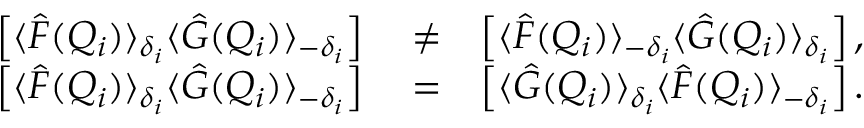
\begin{array} { r l r } { \left[ \langle \hat { F } ( Q _ { i } ) \rangle _ { \delta _ { i } } \langle \hat { G } ( Q _ { i } ) \rangle _ { - \delta _ { i } } \right] } & { { } \neq } & { \left[ \langle \hat { F } ( Q _ { i } ) \rangle _ { - \delta _ { i } } \langle \hat { G } ( Q _ { i } ) \rangle _ { \delta _ { i } } \right] , } \\ { \left[ \langle \hat { F } ( Q _ { i } ) \rangle _ { \delta _ { i } } \langle \hat { G } ( Q _ { i } ) \rangle _ { - \delta _ { i } } \right] } & { { } = } & { \left[ \langle \hat { G } ( Q _ { i } ) \rangle _ { \delta _ { i } } \langle \hat { F } ( Q _ { i } ) \rangle _ { - \delta _ { i } } \right] . } \end{array}